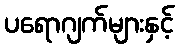
ပရောဂျက်များနှင့်